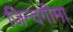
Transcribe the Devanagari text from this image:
जिन्दगीमा